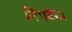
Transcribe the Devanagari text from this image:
निपटेगा